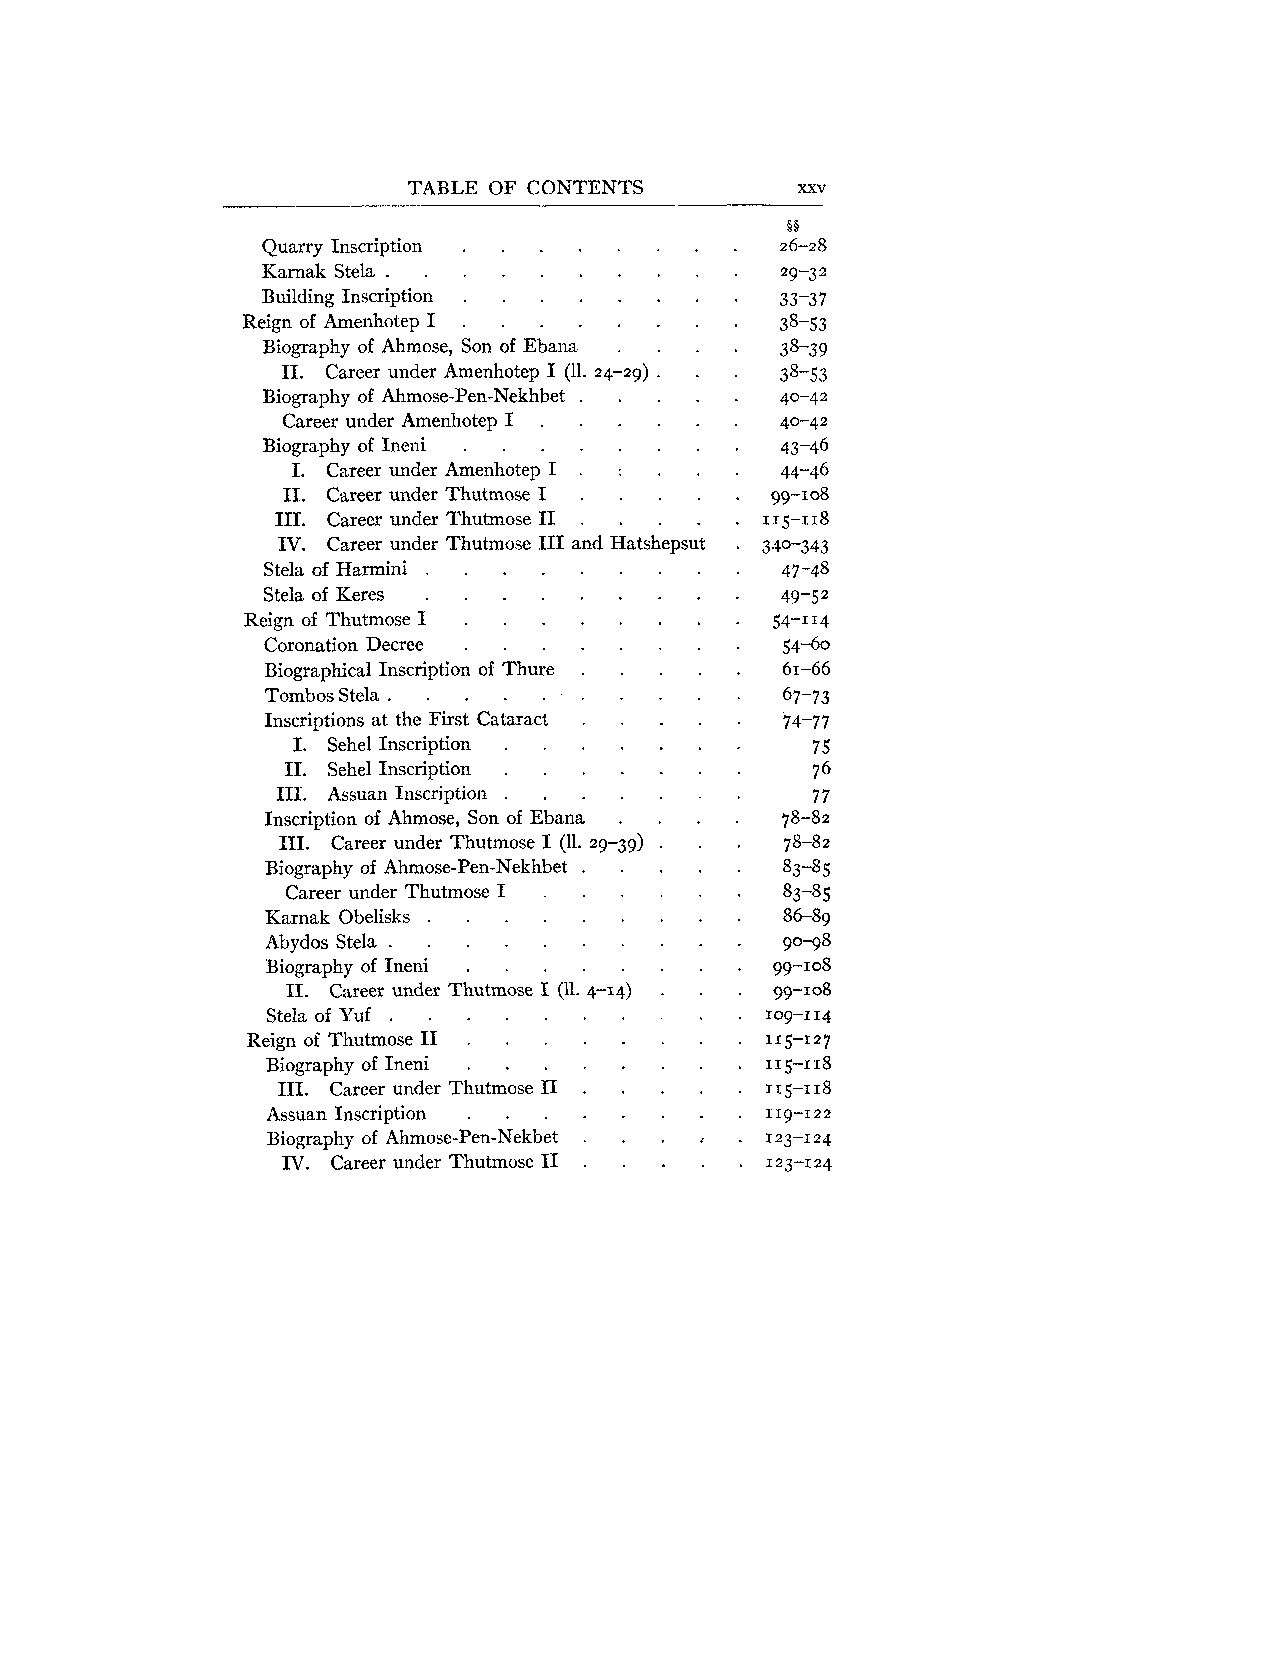
TABLE OF CONTENTS
 Quarry Inscription . . . . . . .
 Karnak Stela . . . . . . . . .
 Building Inscription . . . . . . .
 Reign of Amenhotep I . . . . . . .
 Biography of Ahmose. Son of Ebana . . .
 .                  .
 I1 Career under Amenhotep I (11 24-29) . .
 Biography of Ahmose-Pen-Nekhbet . . . .
 Career under Amenhotep I . . . . .
 Biography of Ineni . . . . . . .
 I. Career under Amenhotep I . : . .
 I1 . Career under Thutmose I . . . .
 I11 . Career under Thutmose I1 . . . .
 .
 IV  Career under Thutmose I11 and Hatshepsut
 Stela of Harmini . . . . . . . .
 Stela of Keres . . . . . . . .
 Reign of Thutmose I . . . . . . .
 Coronation Decree . . . . . . .
 Biographical Inscription of Thure . . . .
 Tombos Stela . . . . . . . . .
 Inscriptions at the First Cataract . . . .
 I. Sehel Inscription . . . . . .
 I1. Sehel Inscription . . . . . .
 I11 . Assuan Inscription . . . . . .
 Inscription of Ahmose, Son of Ebana . . .
 I11 . Career under Thutmose I (11 . 29-39) . .
 Biography of Ahmose-Pen-Nekhbet . . . .
 Career under Thutmose I . . . . .
 Karnak Obelisks . . . . . . . .
 Abydos Stela . . . . . . . . .
 Biography of Ineni . . . . . . .
 I1. Career under Thutmose I (11 . 4-14) . .
 Stela of Yuf .  .      .
 Reign of Thutmose I1 . . . . . . .
 Biography of Ineni . . . . . . .
 111 . Career under Thutmose I1 . . . .
 Assuan Inscription . . . . . . .
 Biography of Ahmose-Pen-Nekbet . . . .
 IV. Career under Thutmose I1 . . . .